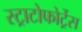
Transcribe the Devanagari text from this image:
स्ट्राटोफोर्ट्रेस